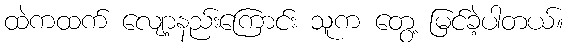
ထဲကထက် လျော့နည်းကြောင်း သူက တွေ့ မြင်ခဲ့ပါတယ်။